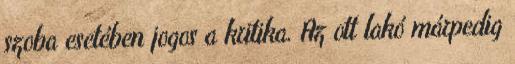
szoba esetében jogos a kritika. Az ott lakó márpedig